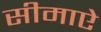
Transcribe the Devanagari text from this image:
सीमाऐ